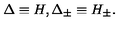
\Delta \equiv H , \Delta _ { \pm } \equiv H _ { \pm } .